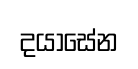
දයාසේන